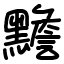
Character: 黵